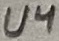
Text: U4